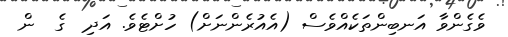
ވެގެންވާ އަނބިންތަކެއްވެސް (އެއުރެންނަށް) ހުށްޓެވެ. އަދި  ގެ  ން